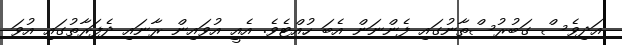
އަދިވެސް ގަބުރުސްތާނުގައި ފެންނަން އެބަ ހުއްޓެވެ. އެއީ އުވައިން ރާނައި ދެފަރާތުގައި އުވަ